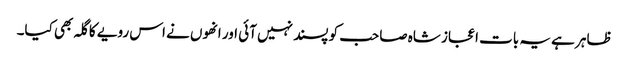
ظاہر ہے یہ بات اعجاز شاہ صاحب کو پسند نہیں آئی اور انھوں نے اس رویے کا گلہ بھی کیا۔